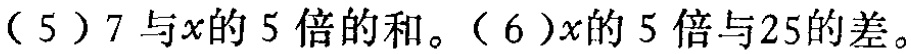
（5）\(7 + 5x\)；（6）\(5x - 25\)